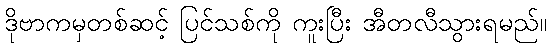
ဒိုဗာကမှတစ်ဆင့် ပြင်သစ်ကို ကူးပြီး အီတလီသွားရမည်။